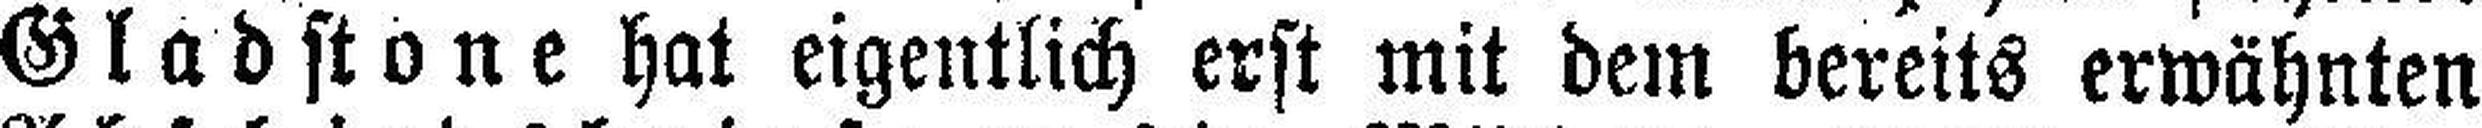
Gladstone hat eigentlich erst mit dem bereits erwähnten